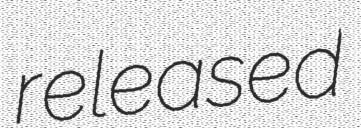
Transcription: released